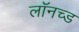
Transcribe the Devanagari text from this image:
लॉनच्ड